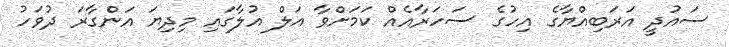
ސައުދީ އަރަބިއްޔާގެ އިހުގެ ސަހަރާއެއް ކަމަށްވާ އަލް އުލާގައި މިދިޔަ އަންގާރަ ދުވަހު